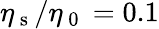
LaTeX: \eta_{\mathrm{~s~}}/\eta_{\mathrm{~0~}}=0.1